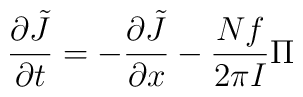
{\partial \tilde J \over \partial t}=- {\partial \tilde J\over \partial x} -{Nf\over 2\pi I}\Pi